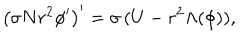
\left( \sigma N r ^ { 2 } \phi ^ { \prime } \right) ^ { \prime } = \sigma \, ( U - r ^ { 2 } \Lambda ( \phi ) ) ,